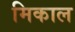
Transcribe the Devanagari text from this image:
मिकाल